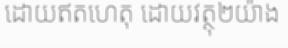
ដោយឥតហេតុ ដោយវត្ថុ២យ៉ាង